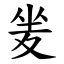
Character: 夎